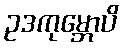
ဥဒကုမ္ဘောပိ